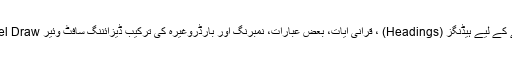
٭…کتاب کو خوبصورت بنانے کے لیے ہیڈنگز (Headings) ، قرآنی آیات، بعض عبارات، نمبرنگ اور بارڈروغیرہ کی ترکیب ڈیزائننگ سافٹ وئیر Corel Draw کے ذریعے کی گئی ہے۔